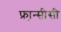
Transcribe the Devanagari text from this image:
फ्रा़न्सीसी